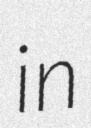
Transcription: in